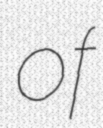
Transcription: of